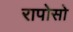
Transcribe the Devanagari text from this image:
रापोसो